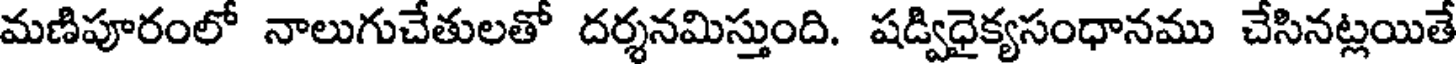
మణిపూరంలో నాలుగుచేతులతో దర్శనమిస్తుంది. షడ్విధైక్యసంధానము చేసినట్లయితే